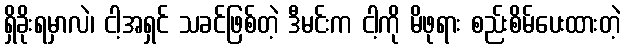
ရှိခိုးရမှာလဲ၊ ငါ့အရှင် သခင်ဖြစ်တဲ့ ဒီမင်းက ငါ့ကို မိဖုရား စည်းစိမ်ပေးထားတဲ့